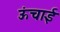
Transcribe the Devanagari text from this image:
ऊंचार्इ